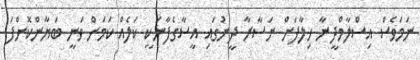
ނަމަވެސް އިސްލާމްދީނާ ހިލާފަށް ނަސާރާ ދީނުގައި އީސާގެފާނަކީ ކަލެއް ކަމަށް ވަނީ ބަޔާންކޮށްފަ